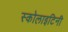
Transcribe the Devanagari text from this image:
स्कोलाइटिनी